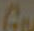
Ga